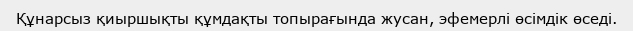
Құнарсыз қиыршықты құмдақты топырағында жусан, эфемерлі өсімдік өседі.